Newspaper: The Argus.
Place of publication: Rock Island, Ill.
Publisher: John W. Potter
Date: 1885-12-03 00:00:00
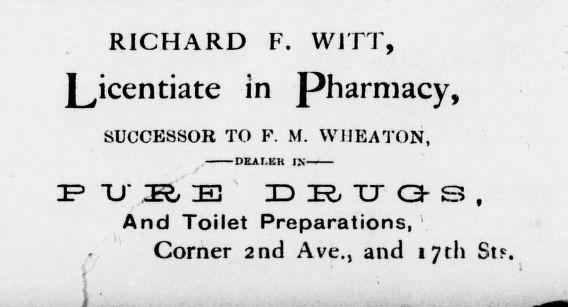
Advertisement text (OCR):
RICHARD F. WITT, Licentiate in pharmacy, SUCCESSOR TO F. M. W1IEATON, And Toilet Preparations, 1 Corner 2nd Ave., and 17th St?.
Label: text-only